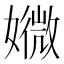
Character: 㜫